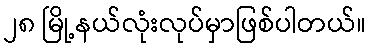
၂၈ မြို့နယ်လုံးလုပ်မှာဖြစ်ပါတယ်။